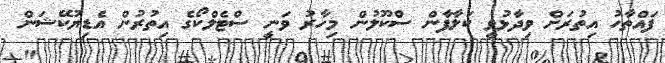
ފައްތާހު އިތުރަށް ވިދާޅުވީ ކަލާފާން ސްކޫލުން މިހާރު ވަނީ ސްޓެލްކޯގެ އިތުރުން އެޑިޔުކޭޝަން